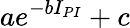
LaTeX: ae^{-bI_{PI}}+c